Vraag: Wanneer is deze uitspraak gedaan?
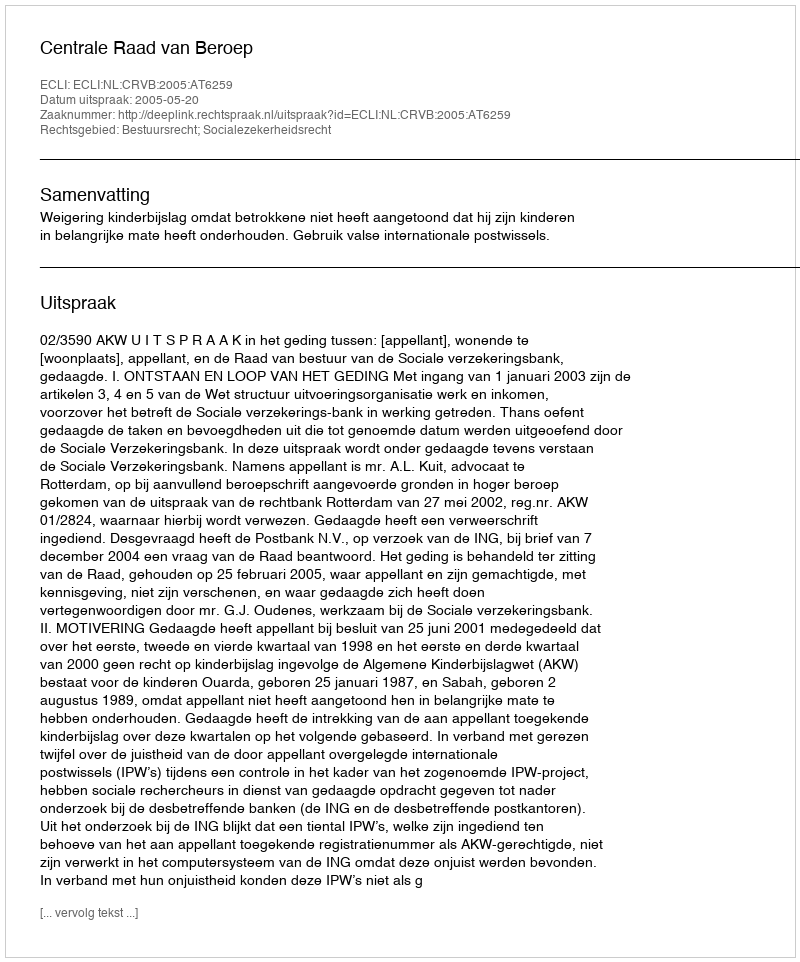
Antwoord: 2005-05-20